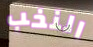
النخب